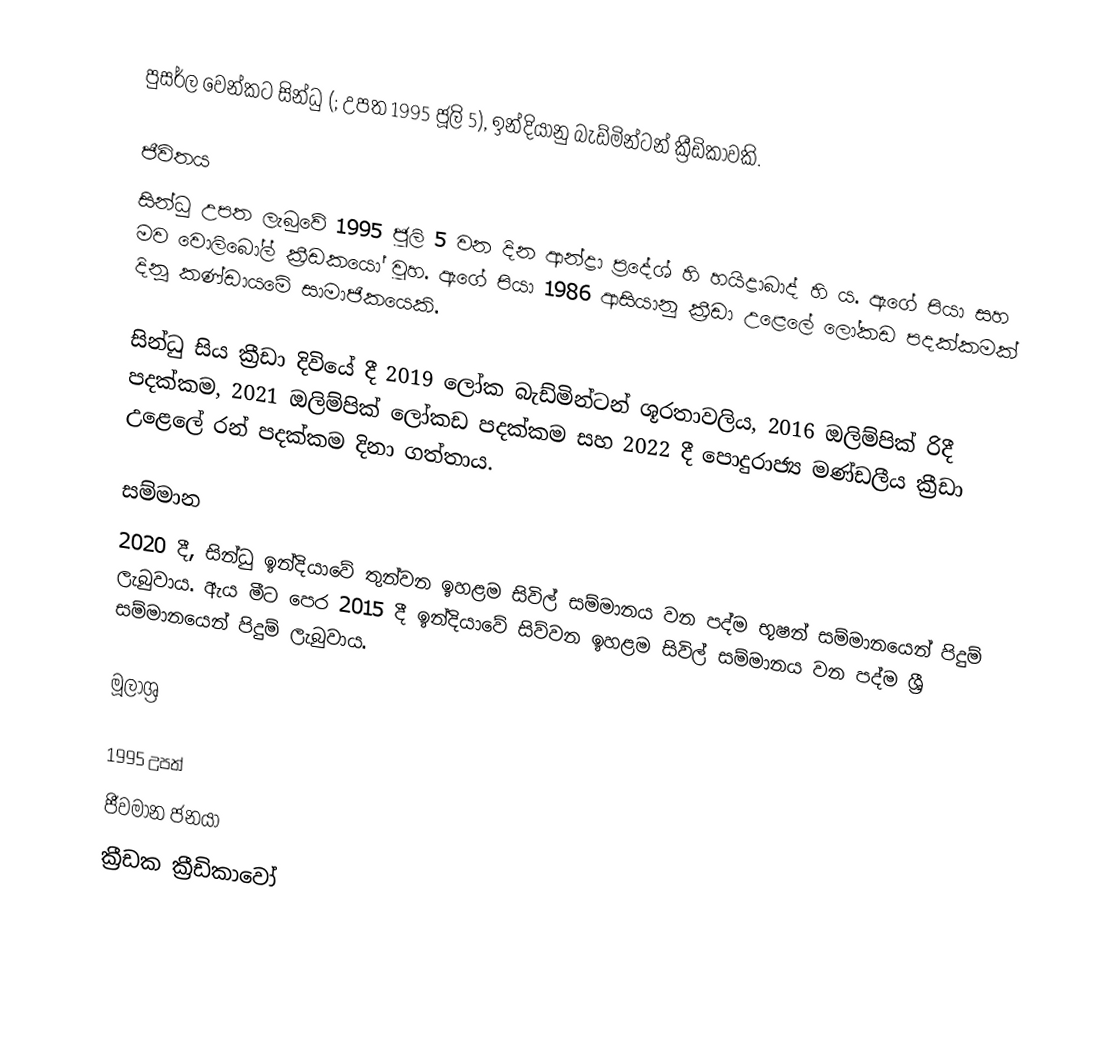
පුසර්ල වෙන්කට සින්ධු (; උපත 1995 ජූලි 5), ඉන්දියානු බැඩ්මින්ටන් ක්‍රීඩිකාවකි.

ජීවිතය
සින්ධු උපත ලැබුවේ 1995 ජූලි 5 වන දින ආන්ද්‍රා ප්‍රදේශ් හි හයිද්‍රාබාද් හි ය. ඇගේ පියා සහ මව වොලිබෝල් ක්‍රීඩකයෝ වූහ. ඇගේ පියා 1986 ආසියානු ක්‍රීඩා උළෙලේ ලෝකඩ පදක්කමක් දිනූ කණ්ඩායමේ සාමාජිකයෙකි.

සින්ධු සිය ක්‍රීඩා දිවියේ දී 2019 ලෝක බැඩ්මින්ටන් ශූරතාවලිය, 2016 ඔලිම්පික් රිදී පදක්කම, 2021 ඔලිම්පික් ලෝකඩ පදක්කම සහ 2022 දී පොදුරාජ්‍ය මණ්ඩලීය ක්‍රීඩා උළෙලේ රන් පදක්කම දිනා ගත්තාය.

සම්මාන
2020 දී, සින්ධු ඉන්දියාවේ තුන්වන ඉහළම සිවිල් සම්මානය වන පද්ම භූෂන් සම්මානයෙන් පිදුම් ලැබුවාය. ඇය මීට පෙර 2015 දී ඉන්දියාවේ සිව්වන ඉහළම සිවිල් සම්මානය වන පද්ම ශ්‍රී සම්මානයෙන් පිදුම් ලැබුවාය.

මූලාශ්‍ර

1995 උපත්
ජීවමාන ජනයා
ක්‍රීඩක ක්‍රීඩිකාවෝ